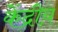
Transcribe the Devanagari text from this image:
केंद्रीय़